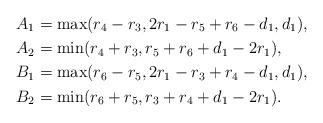
LaTeX: \begin{align*}A_1&=\max(r_4-r_3,2r_1-r_5+r_6-d_1,d_1),\\A_2&=\min(r_4+r_3,r_5+r_6 +d_1-2r_1),\\B_1&=\max(r_6-r_5,2r_1-r_3+r_4 -d_1, d_1),\\B_2&=\min(r_6+r_5,r_3+r_4 +d_1- 2r_1).\end{align*}